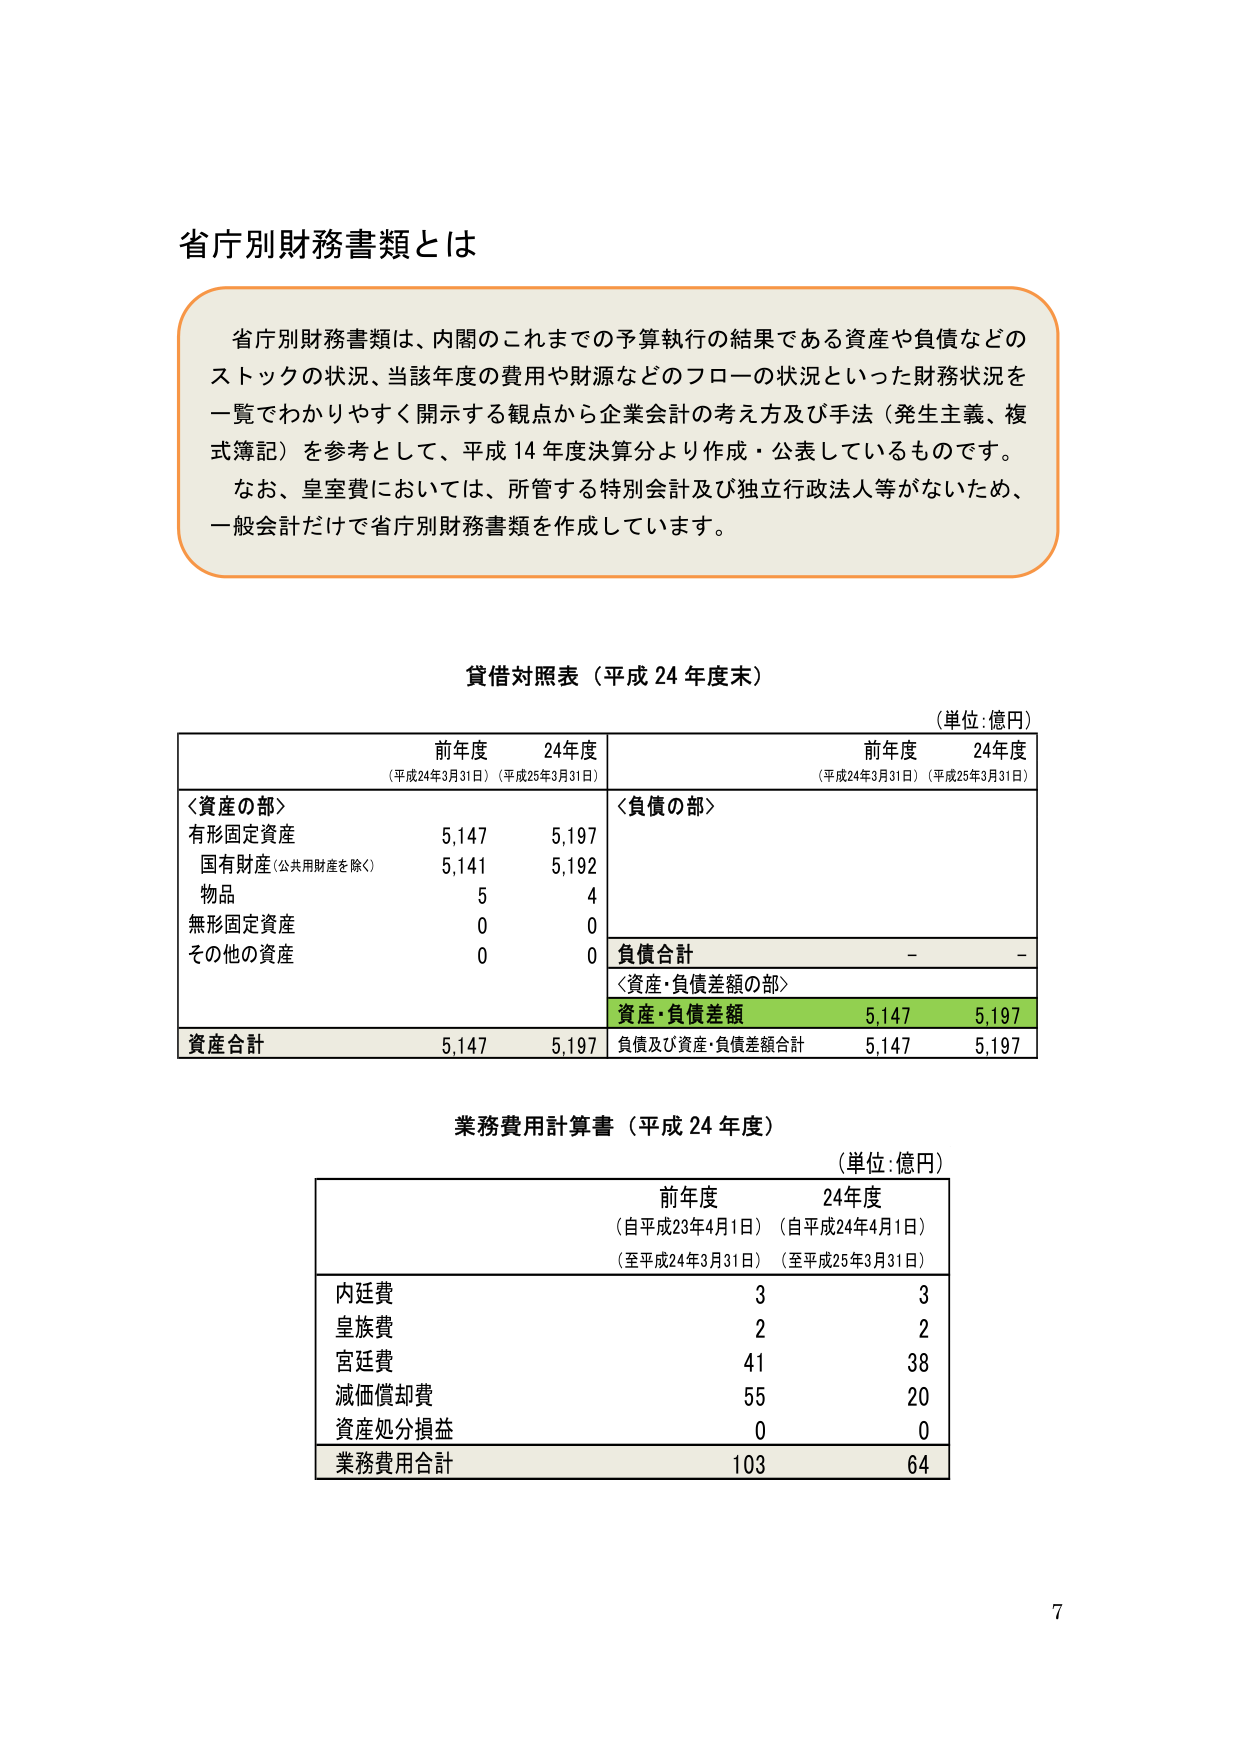
省庁別財務書類とは

省庁別財務書類は、内閣のこれまでの予算執行の結果である資産や負債などの
ストックの状況、当該年度の費用や財源などのフローの状況といった財務状況を
一覧でわかりやすく開示する観点から企業会計の考え方及び手法（発生主義、複
式簿記）を参考として、平成14年度決算分より作成・公表しているものです。
なお、皇室費においては、所管する特別会計及び独立行政法人等がないため、
一般会計だけで省庁別財務書類を作成しています。

貸借対照表（平成24年度末）
（単位：億円）

前年度　　　24年度
（平成24年3月31日）（平成25年3月31日）

＜資産の部＞
有形固定資産　　　　　5,147　　　5,197
国有財産（公共用財産を除く）　5,141　　　5,192
物品　　　　　　　　　　　　5　　　　4
無形固定資産　　　　　　　　0　　　　0
その他の資産　　　　　　　　0　　　　0

資産合計　　　　　　　5,147　　　5,197

前年度　　　24年度
（平成24年3月31日）（平成25年3月31日）

＜負債の部＞

負債合計　　　　　　　　－　　　　－

＜資産・負債差額の部＞
資産・負債差額　　　　5,147　　　5,197
負債及び資産・負債差額合計　5,147　　　5,197

業務費用計算書（平成24年度）
（単位：億円）

前年度　　　24年度
（自平成23年4月1日）（自平成24年4月1日）
（至平成24年3月31日）（至平成25年3月31日）

内廷費　　　　　　　　　　3　　　　3
皇族費　　　　　　　　　　2　　　　2
宮廷費　　　　　　　　　　41　　　38
減価償却費　　　　　　　　55　　　20
資産処分損益　　　　　　　0　　　　0

業務費用合計　　　　　　103　　　64

7